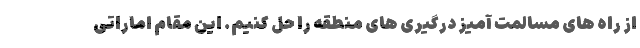
از راه های مسالمت آمیز درگیری های منطقه را حل کنیم. این مقام اماراتی